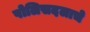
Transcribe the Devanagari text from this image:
पोलिसदलाचे